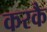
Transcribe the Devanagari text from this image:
करकै